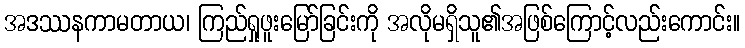
အဒဿနကာမတာယ၊ ကြည်ရှုဖူးမြော်ခြင်းကို အလိုမရှိသူ၏အဖြစ်ကြောင့်လည်းကောင်း။